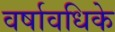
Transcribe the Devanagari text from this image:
वर्षावधिके